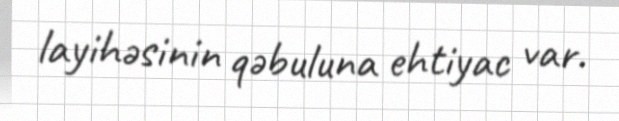
layihəsinin qəbuluna ehtiyac var.